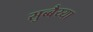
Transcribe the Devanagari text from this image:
सुब्बैय्या